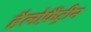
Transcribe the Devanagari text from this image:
हैलोफ़ैंट्रीन